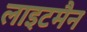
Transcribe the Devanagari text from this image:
लाइटमैन